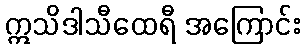
ဣသိဒါသီထေရီ အကြောင်း